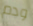
ودم